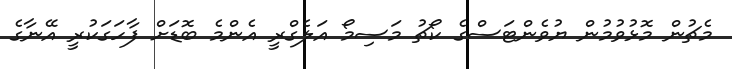
މެޗުން މޮޅުވުމުން ޔުވެންޓަސްގެ ކޯޗު މަސިމޯ އަލެގްރީ އެންމެ ބޮޑަށް ފާހަގަކުރީ އޭނާގެ